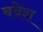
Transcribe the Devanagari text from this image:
बवेश